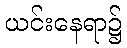
ယင်းနေရာ၌